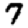
Digit: 7